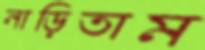
নাড়িতাম